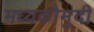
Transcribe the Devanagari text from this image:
मध्यकौमुदी